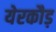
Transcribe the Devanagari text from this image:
येरकौड़